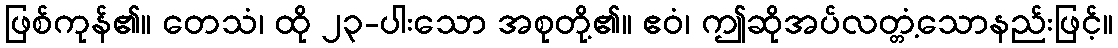
ဖြစ်ကုန်၏။ တေသံ၊ ထို ၂၃-ပါးသော အစုတို့၏။ ဧဝံ၊ ဤဆိုအပ်လတ္တံ့သောနည်းဖြင့်။